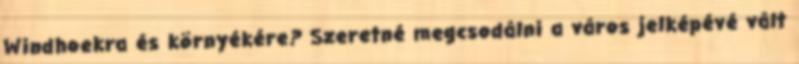
Windhoekra és környékére? Szeretné megcsodálni a város jelképévé vált